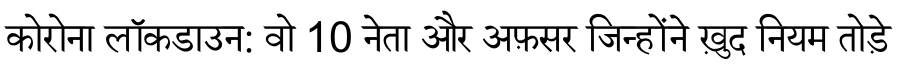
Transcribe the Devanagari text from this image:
कोरोना लॉकडाउन: वो 10 नेता और अफ़सर जिन्होंने ख़ुद नियम तोड़े